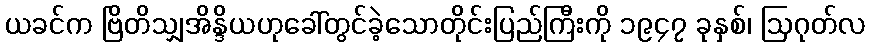
ယခင်က ဗြိတိသျှအိန္ဒိယဟုခေါ်တွင်ခဲ့သောတိုင်းပြည်ကြီးကို ၁၉၄၇ ခုနှစ်၊ ဩဂုတ်လ